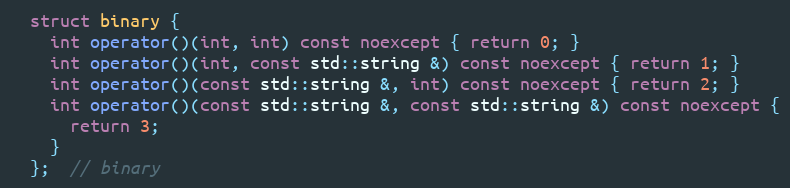
Language: C++
  struct binary {
    int operator()(int, int) const noexcept { return 0; }
    int operator()(int, const std::string &) const noexcept { return 1; }
    int operator()(const std::string &, int) const noexcept { return 2; }
    int operator()(const std::string &, const std::string &) const noexcept {
      return 3;
    }
  };  // binary